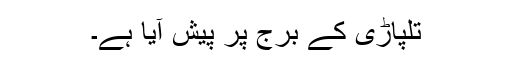
تلپاڑی کے برج پر پیش آیا ہے۔